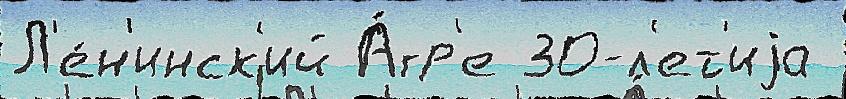
Л'е́н'инск'ий А́гр'е 30-л'ет'иjа